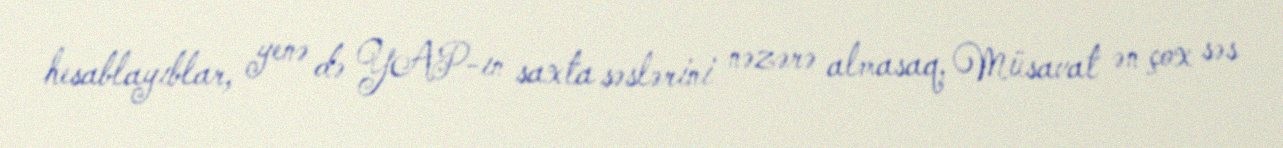
hesablayıblar, yenə də YAP-ın saxta səslərini nəzərə almasaq, Müsavat ən çox səs